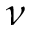
\nu